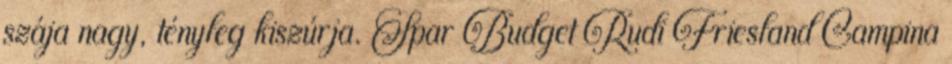
szája nagy, tényleg kiszúrja. Spar Budget Rudi Friesland Campina